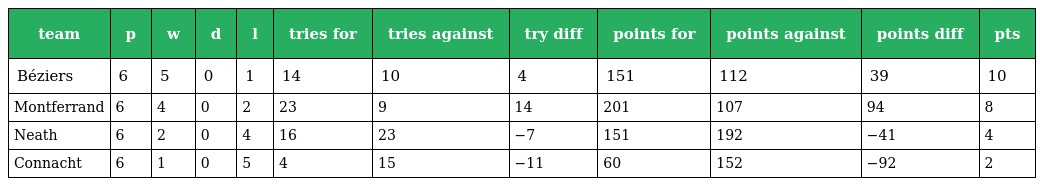
| team | p | w | d | l | tries for | tries against | try diff | points for | points against | points diff | pts |
 | --- | --- | --- | --- | --- | --- | --- | --- | --- | --- | --- | --- |
 | Béziers | 6 | 5 | 0 | 1 | 14 | 10 | 4 | 151 | 112 | 39 | 10 |
 | Montferrand | 6 | 4 | 0 | 2 | 23 | 9 | 14 | 201 | 107 | 94 | 8 |
 | Neath | 6 | 2 | 0 | 4 | 16 | 23 | −7 | 151 | 192 | −41 | 4 |
 | Connacht | 6 | 1 | 0 | 5 | 4 | 15 | −11 | 60 | 152 | −92 | 2 |